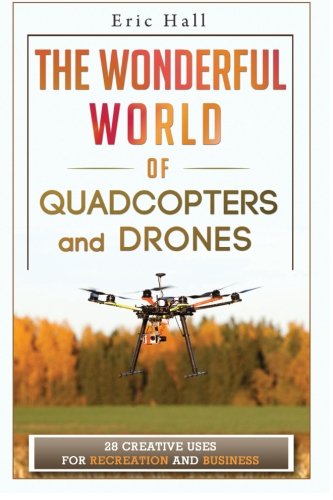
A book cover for The Wonderful World of Quadcopters and Drones: 28 Creative Uses for Recreation and Business; Eric Hall; Arts & Photography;